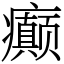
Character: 癫